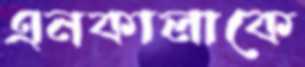
এনকালাকে